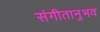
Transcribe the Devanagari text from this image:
संगीतानुभव